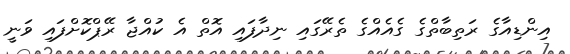
އިންޑިއާގެ ރަތިބާތްގެ ގެއެއްގެ ތެރޭގައި ނިދާފައި އޮތް އެ ކުއްޖާ ރޭޕްކޮށްފައި ވަނީ